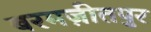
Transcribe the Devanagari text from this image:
बरमज़ीतपुर